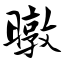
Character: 暾